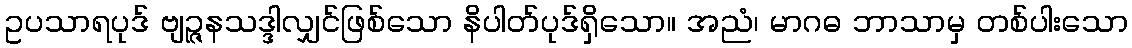
ဥပသာရပုဒ် ဗျဉ္ဇနသဒ္ဒါလျှင်ဖြစ်သော နိပါတ်ပုဒ်ရှိသော။ အညံ၊ မာဂဓ ဘာသာမှ တစ်ပါးသော